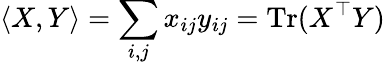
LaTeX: \langle X,Y\rangle=\sum_{i,j}x_{ij}y_{ij}=\mathrm{Tr}(X^{\top}Y)